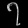
Digit: ၇